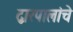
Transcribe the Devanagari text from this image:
द्वारपालांचे